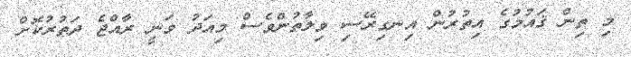
މި ތިން ޤައުމުގެ އިތުރުން އިނގިރޭސި ވިލާތުންވެސް މިއަދު ވަނީ ރާއްޖެ ދަތުރުކޮށް